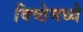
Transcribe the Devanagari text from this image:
विष्ठेमध्ये